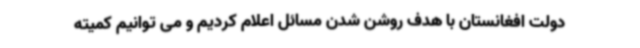
دولت افغانستان با هدف روشن شدن مسائل اعلام کردیم و می توانیم کمیته